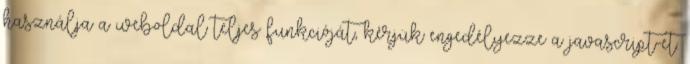
használja a weboldal teljes funkcióját, kérjük engedélyezze a javascript-et.